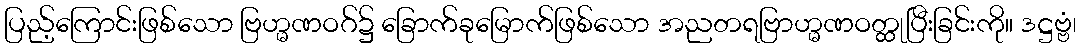
ပြည့်ကြောင်းဖြစ်သော ဗြဟ္မဏဝဂ်၌ ခြောက်ခုမြောက်ဖြစ်သော အညတရဗြာဟ္မဏဝတ္ထုပြီးခြင်းကို။ ဒဋ္ဌဗ္ဗံ၊